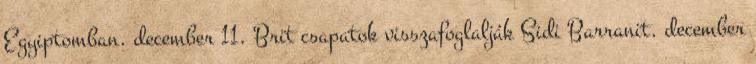
Egyiptomban. december 11. Brit csapatok visszafoglalják Sidi Barranit. december